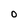
Character: O